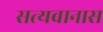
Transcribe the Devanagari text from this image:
सत्यवानास